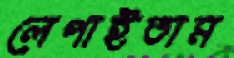
লেপাইতাম